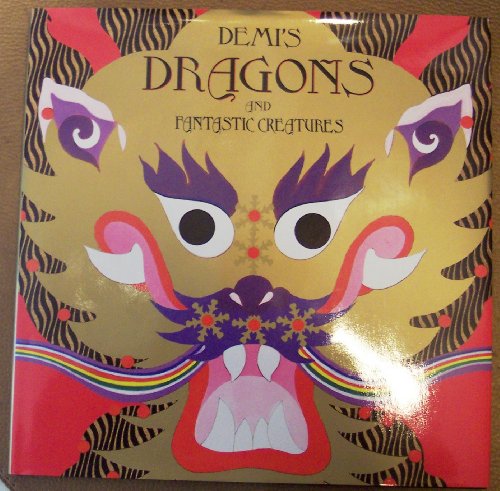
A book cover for Demi's Dragons and Fantastic Creatures; Demi; Children's Books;